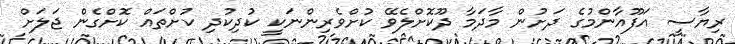
ރިޔާސީ އަފޫއާންމުގެ ދަށުން މާދަމާ ދޫކޮށްލެވޭ ކުށްވެރިންނަކީ ކުދިކުދި ކުށްތައް ކޮށްގެން ޖަލަށް